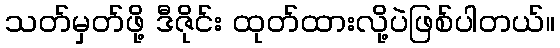
သတ်မှတ်ဖို့ ဒီဇိုင်း ထုတ်ထားလို့ပဲဖြစ်ပါတယ်။